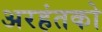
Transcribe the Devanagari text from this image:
अरहंतको